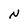
Character: N